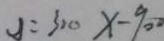
y = 3 2 0 x - 9 0 0